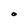
Character: O